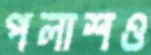
পলাশও